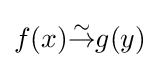
f(x){\overset {\sim }{\to }}g(y)